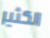
الكثير